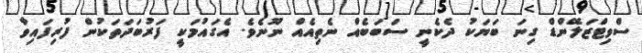
ސްވިޓްޒަލޭންޑް ގިނަ ބަޔަކު ދެކެނީ ސަބަބެއް ނެތިއެއް ނޫނެވެ. އެގައުމަކީ ފަރުބަދަތަކުން ފުރިފައިވާ